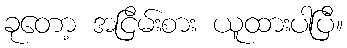
ခုတော့ အငြိမ်းစား ယူထားပါပြီ။